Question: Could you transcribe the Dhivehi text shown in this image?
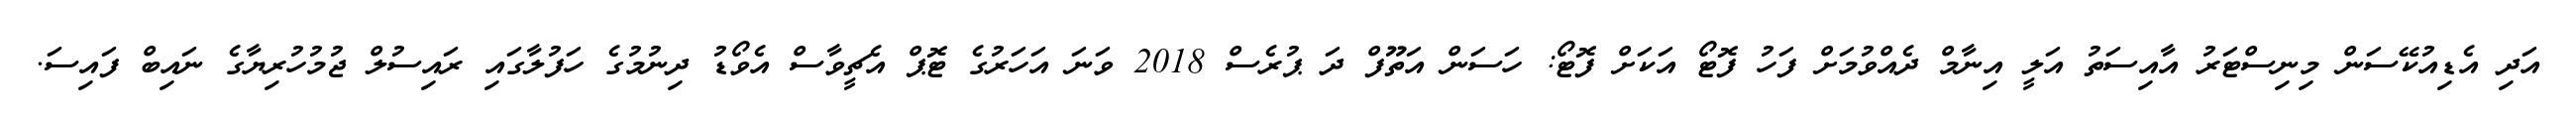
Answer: އަދި އެޑިއުކޭސަން މިނިސްޓަރު އާއިސަތު އަލީ އިނާމް ދެއްވުމަށް ފަހު ފޮޓޯ އަކަށް ފޮޓޯ: ހަސަން އަތޫފް ދަ ޕުރެސް 2018 ވަނަ އަހަރުގެ ޓޮޕް އެޗީވާސް އެވޯޑު ދިނުމުގެ ހަފުލާގައި ރައިސުލް ޖުމުހުރިޔާގެ ނައިބް ފައިސަ.